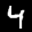
Label: 4